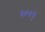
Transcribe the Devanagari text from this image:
५००९